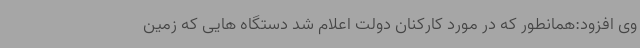
وی افزود:همانطور که در مورد کارکنان دولت اعلام شد دستگاه هایی که زمین